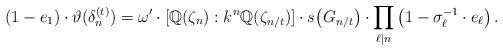
\begin{align*} (1-e_1) \cdot \vartheta (\delta_n^{(t)}) = \omega' \cdot [\mathbb{Q}(\zeta_n): k^n \mathbb{Q}(\zeta_{n/t})] \cdot s\big( G_{n/t} \big) \cdot \prod_{\ell \mid n} \left( 1-\sigma_{\ell}^{-1} \cdot e_{\ell} \right). \end{align*}